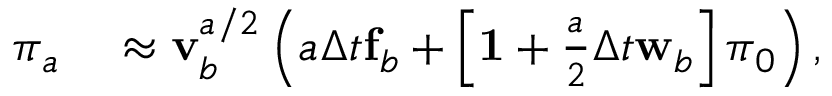
\begin{array} { r l } { \boldsymbol { \pi } _ { a _ { } } } & { { } \approx \mathbf { v } _ { b } ^ { a _ { } / 2 } \left( a _ { } \Delta t { } \mathbf { f } _ { b } + \left[ \mathbf { 1 } { } + \frac { a _ { } } { 2 } \Delta t { } \mathbf { w } _ { b } \right] \boldsymbol { \pi } _ { 0 } \right) , } \end{array}